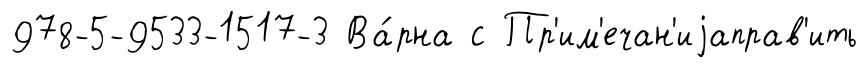
978-5-9533-1517-3 Ва́рна с Пр'им'ечан'иjаправ'ить